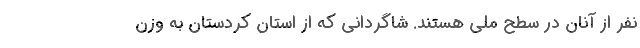
نفر از آنان در سطح ملی هستند. شاگردانی که از استان کردستان به وزن